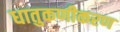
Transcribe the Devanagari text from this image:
धातुकणीकरण